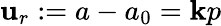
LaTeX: \mathbf{u}_{r}:=a-a_{0}=\mathbf{k}p